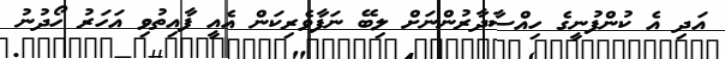
އަދި އެ ކުންފުނީގެ ހިއްސާދާރުންނަށް ލިބޭ ނަފާވެރިކަން އެއީ ފާއިތުވި އަހަރު ހޯދުނު